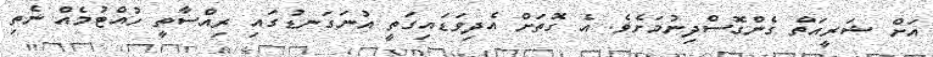
އަށް ޝަރީއަތް ގެންގޮސްދިނުމަށެވެ. އެ ގޮތަށް އެދިވަޑައިގަތީ އުނަގަނޑުގައި ރިއްސާތީ ހުއްޓުމެއް ނެތި